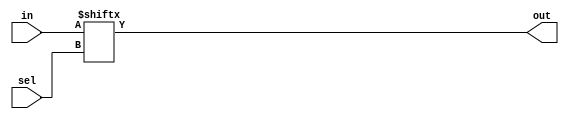
module top_module (
    input wire [255:0] in,
    input wire [7:0] sel,
    output wire out
);
    // Multiplexer logic: Selecting one of the 256 inputs based on the 8-bit select signal
    assign out = in[sel];
endmodule